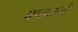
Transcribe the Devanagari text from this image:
भगवानी